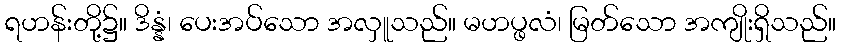
ရဟန်းတို့၌။ ဒိန္နံ၊ ပေးအပ်သော အလှူသည်။ မဟပ္ဖလံ၊ မြတ်သော အကျိုးရှိသည်။